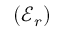
( \mathcal { E } _ { r } )